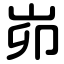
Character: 峁